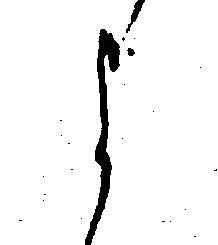
よ